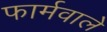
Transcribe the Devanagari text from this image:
फार्मवाले